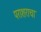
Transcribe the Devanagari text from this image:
पराशराचा